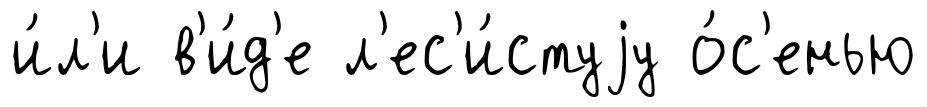
и́л'и в'и́д'е л'ес'и́стуjу о́с'енью